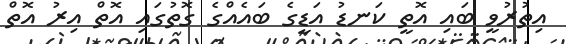
އިތުރުވީ ބައި އޮތީ ކަނޑު އަޑީގެ ބައެއްގެ ގޮތުގައި އޮތް އިރު އޮތް